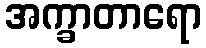
အက္ခာတာရော